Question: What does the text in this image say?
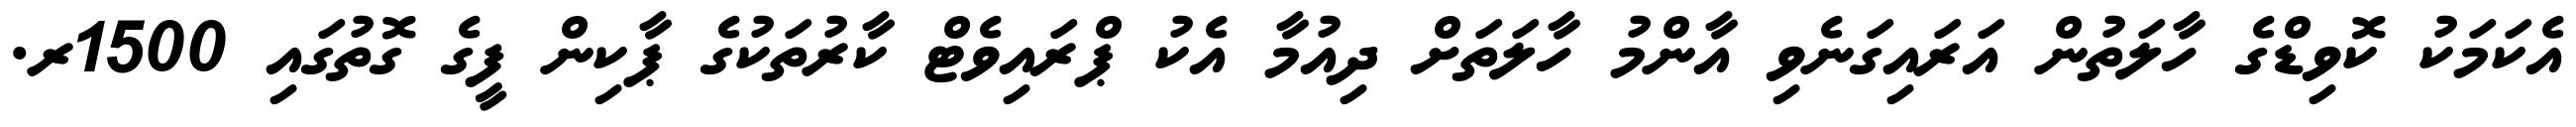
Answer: އެކަމަކު ކޮވިޑްގެ ހާލަތުން އަރައިގަނެވި އާންމު ހާލަތަށް ދިއުމާ އެކު ޕްރައިވެޓް ކާރުތަކުގެ ޕާކިން ފީގެ ގޮތުގައި 1500ރ.